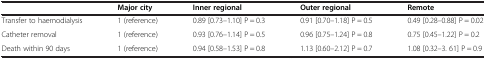
|  | Major city | Inner regional | Outer regional | Remote |
 | --- | --- | --- | --- | --- |
 | Transfer to haemodialysis | 1 (reference) | 0.89 [0.73–1.10] P = 0.3 | 0.91 [0.70–1.18] P = 0.5 | 0.49 [0.28–0.88] P = 0.02 |
 | Catheter removal | 1 (reference) | 0.93 [0.76–1.14] P = 0.5 | 0.96 [0.75–1.24] P = 0.8 | 0.75 [0.45–1.22] P = 0.2 |
 | Death within 90 days | 1 (reference) | 0.94 [0.58–1.53] P = 0.8 | 1.13 [0.60–2.12] P = 0.7 | 1.08 [0.32–3. 61] P = 0.9 |